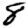
Digit: 8